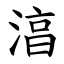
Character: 湻